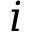
i